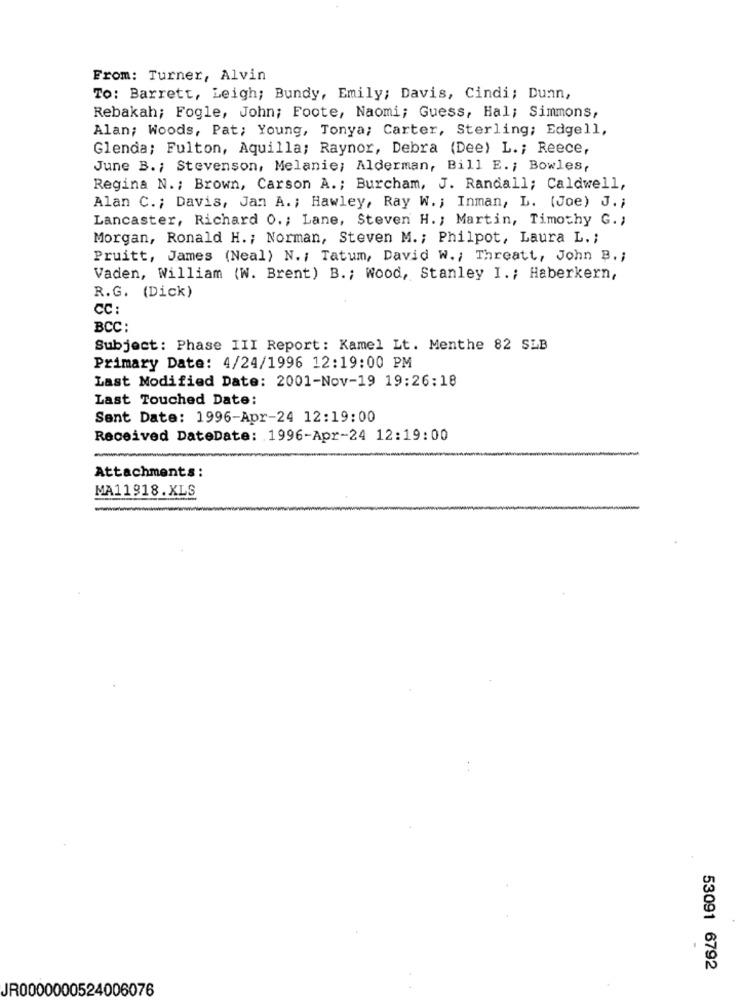
From: Turner, Alvin
To: Barrett, Leigh; Bundy, Emily; Davis, Cindi; Dunn,
Rebakah; Fogle, John; Foote, Naomi; Guess, Hal; Simmons,
Alan; Woods, Pat; Young, Tonya; Carter, Sterling; Edgell,
Glenda; Fulton, Aquilla; Raynor, Debra (Dee) L .; Reece,
June B. ; Stevenson, Melanie; Alderman, Bill E. ; Bowles,
Regina N .; Brown, Carson A .; Burcham, J. Randall; Caldwell,
Alan C .; Davis, Jan A .; Hawley, Ray W ., Inman, L. (Joe) J .;
Lancaster, Richard 0 .; Lane, Steven H .; Martin, Timothy G. ;
Morgan, Ronald H .; Norman, Steven M. ; Philpot, Laura L .;
Pruitt, James (Neal) N ., Tatum, David W ., Threatt, John B .;
Vaden, William (W. Brent) B .; Wood, Stanley I. ; Haberkern,
R.G. (Dick)
CC :
BCC :
Subject: Phase III Report: Kamel Lt. Menthe 82 SLB
Primary Date: 4/24/1996 12:19:00 PM
Last Modified Date: 2001-Nov-19 19:26:18
Last Touched Date:
Sent Date: 1996-Apr-24 12:19:00
Received DateDate: 1996-Apr-24 12:19:00
Attachments:
MA11918.XLS
53091 6792
JR0000000524006076